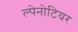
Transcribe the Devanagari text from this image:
ल्पेनोटियर